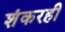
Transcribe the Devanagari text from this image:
शंकरही